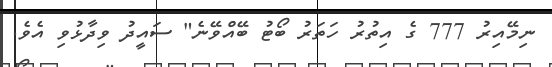
ނިމޭއިރު 777 ގެ އިތުރު ހަތަރު ބޯޓު ބޭއްވޭނެ" ސައީދު ވިދާޅުވި އެވެ.